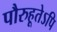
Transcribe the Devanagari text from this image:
पौरुहूतेऽपि